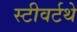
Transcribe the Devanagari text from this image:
स्टीवर्टथे